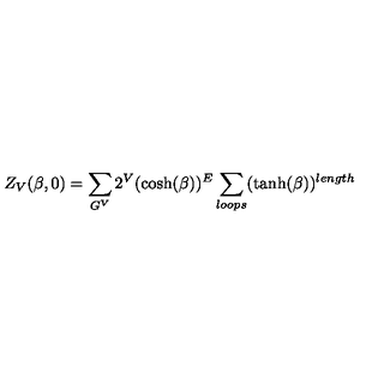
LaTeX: Z _ { V } ( \beta , 0 ) = \sum _ { G ^ { V } } 2 ^ { V } ( \cosh ( \beta ) ) ^ { E } \sum _ { l o o p s } ( \tanh ( \beta ) ) ^ { l e n g t h }